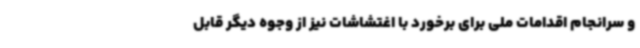
و سرانجام اقدامات ملی برای برخورد با اغتشاشات نیز از وجوه دیگر قابل